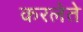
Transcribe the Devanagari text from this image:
करलेते